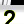
Digit: 2